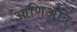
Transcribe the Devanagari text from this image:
आणिअत्रि